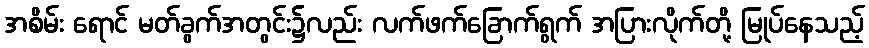
အစိမ်း ရောင် မတ်ခွက်အတွင်း၌လည်း လက်ဖက်ခြောက်ရွက် အပြားလိုက်တို့ မြုပ်နေသည့်